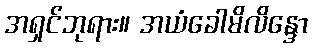
အရှင်ဘုရား။ အယံခေါမိလိန္ဒော